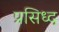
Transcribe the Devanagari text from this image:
प्रसिध्‍द